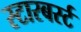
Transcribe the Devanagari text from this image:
स्टारबर्स्ट